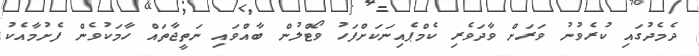
ދެމެދުގައި ކުރެވުނު ވަރަށް ވާދަވެރި ކެމްޕެއިނަކަށްފަހު ވޯޓްލުން ބާއްވައި ނަތީޖާތައް ހާމަކުވެން ފެށުމާއެކު